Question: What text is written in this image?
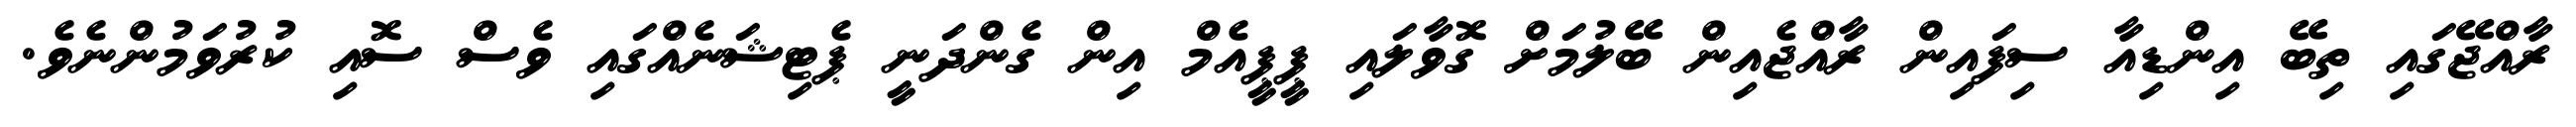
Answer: ރާއްޖޭގައި ތިބޭ އިންޑިއާ ސިފައިން ރާއްޖެއިން ބޭލުމަށް ގޮވާލައި ޕީޕީއެމް އިން ގެންދަނީ ޕެޓިޝަނެއްގައި ވެސް ސޮއި ކުރުވަމުންނެވެ.